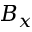
B _ { x }